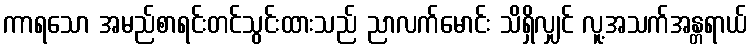
ကာရသော အမည်စာရင်းတင်သွင်းထားသည် ညာလက်မောင်း သိရှိလျှင် လူ့အသက်အန္တရာယ်